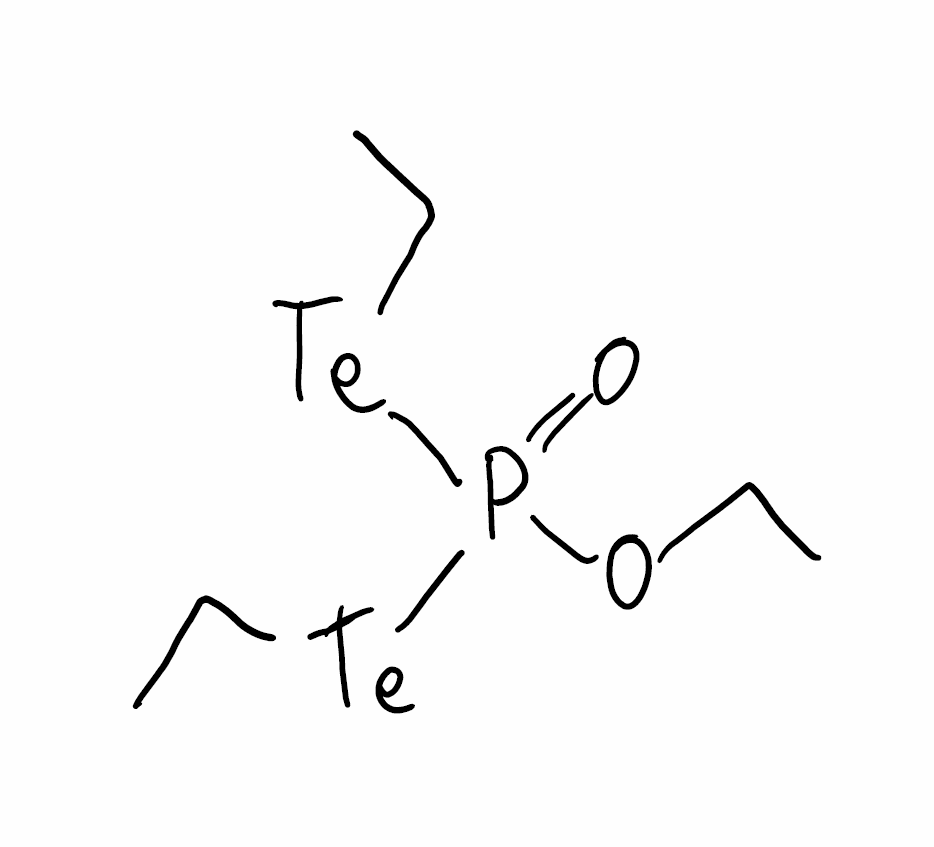
Simplified molecular-input line-entry system (SMILES) notation of the given molecule:
CCOP(=O)([Te]CC)[Te]CC